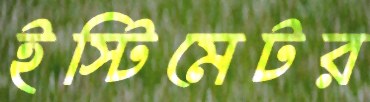
ইস্টিমেটর